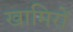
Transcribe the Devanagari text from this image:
खामिरों